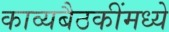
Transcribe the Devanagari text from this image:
काव्यबैठकींमध्ये